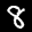
Label: 8